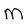
Character: M